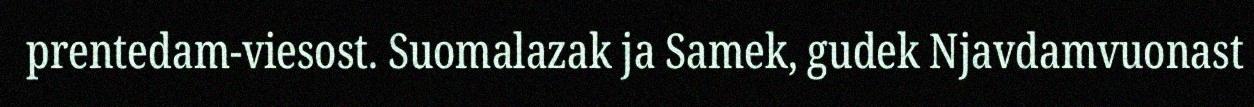
prentedam-viesost. Suomalazak ja Samek, gudek Njavdamvuonast